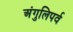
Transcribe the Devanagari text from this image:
अंगुलिपर्व